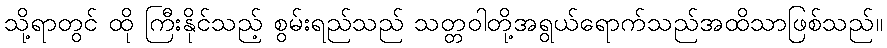
သို့ရာတွင် ထို ကြီးနိုင်သည့် စွမ်းရည်သည် သတ္တဝါတို့အရွယ်ရောက်သည်အထိသာဖြစ်သည်။